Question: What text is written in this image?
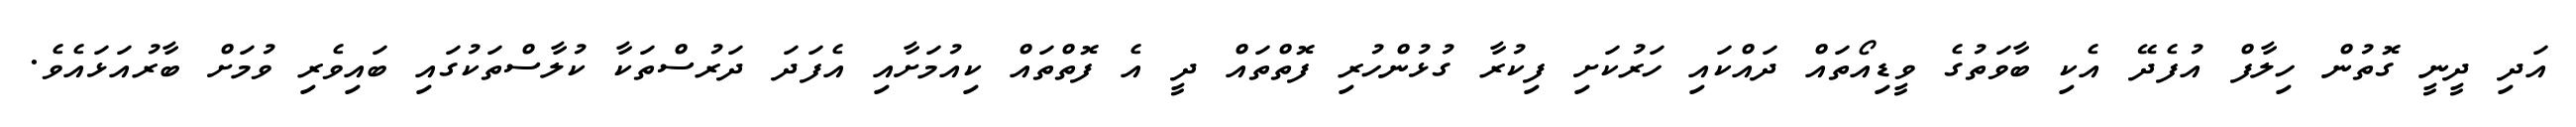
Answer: އަދި ދީނީ ގޮތުން ހިލާފް އުފެދޭ އެކި ބާވަތުގެ ވީޑިއޯތައް ދައްކައި ހަރުކަށި ފިކުރާ ގުޅުންހުރި ފޮތްތައް ދީ އެ ފޮތްތައް ކިއުމަށާއި އެފަދަ ދަރުސްތަކާ ކުލާސްތަކުގައި ބައިވެރި ވުމަށް ބާރުއަޅައެވެ.